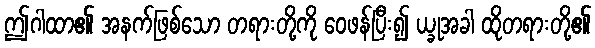
ဤဂါထာ၏ အနက်ဖြစ်သော တရားတို့ကို ဝေဖန်ပြီး၍ ယ္ခုအခါ ထိုတရားတို့၏